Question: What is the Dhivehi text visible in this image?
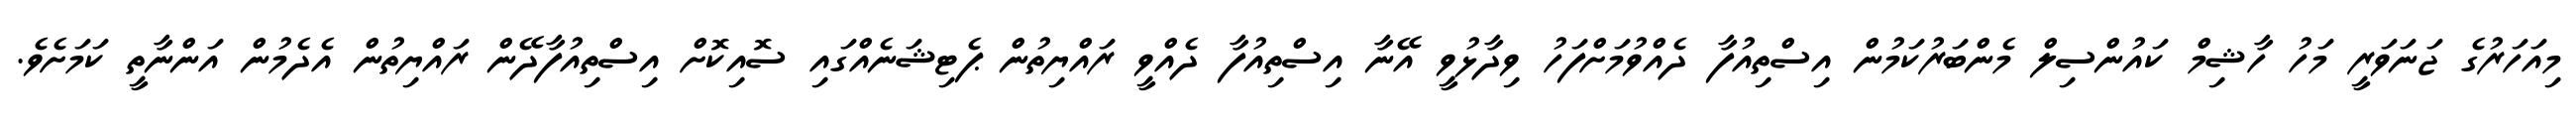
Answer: މިއަހަރުގެ ޖަނަވަރީ މަހު ހާޝިމް ކައުންސިލް މެންބަރުކަމުން އިސްތިއުފާ ދެއްވުމަށްފަހު ވިދާޅުވީ އޭނާ އިސްތިއުފާ ދެއްވީ ރައްޔިތުން ޕެޓިޝަނެއްގައި ސޮއިކޮށް އިސްތިއުފާދޭން ރައްޔިތުން އެދެމުން އަންނާތީ ކަމަށެވެ.